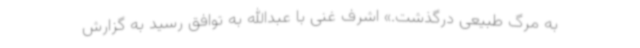
به مرگ طبیعی درگذشت.» اشرف غنی با عبدالله به توافق رسید به گزارش